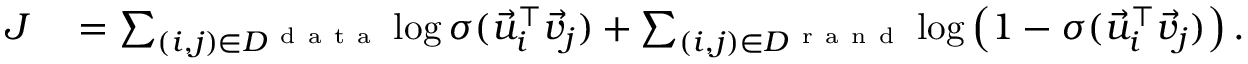
\begin{array} { r l } { { \cal J } } & { { } = \sum _ { ( i , j ) \in { \cal D } ^ { \mathrm { ~ d ~ a ~ t ~ a ~ } } } \log \sigma ( \vec { u } _ { i } ^ { \top } \vec { v } _ { j } ) + \sum _ { ( i , j ) \in { \cal D } ^ { \mathrm { ~ r ~ a ~ n ~ d ~ } } } \log \left( 1 - \sigma ( \vec { u } _ { i } ^ { \top } \vec { v } _ { j } ) \right) . } \end{array}